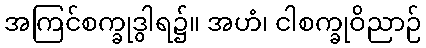
အကြင်စက္ခုဒွါရ၌။ အဟံ၊ ငါစက္ခုဝိညာဉ်